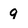
Character: 9